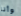
وأنا